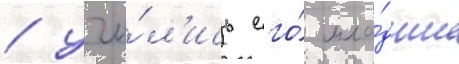
/ учи́л'ись его́ мла́дшие